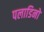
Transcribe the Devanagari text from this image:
पलाडिनो